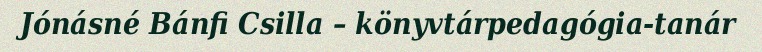
Jónásné Bánfi Csilla – könyvtárpedagógia-tanár